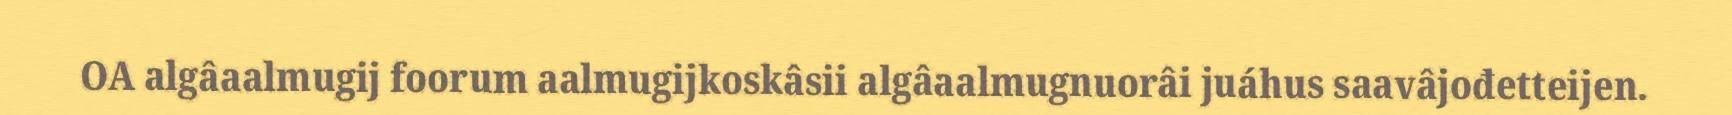
OA algâaalmugij foorum aalmugijkoskâsii algâaalmugnuorâi juáhus saavâjođetteijen.